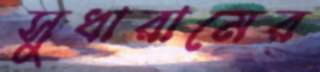
সুধারামের